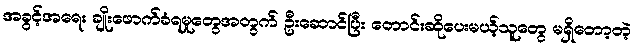
အခွင့်အရေး ချိုးဖောက်ခံရမှုတွေအတွက် ဦးဆောင်ပြီး တောင်းဆိုပေးမယ့်သူတွေ မရှိတော့တဲ့